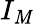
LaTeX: I_{\mathit{M}}